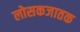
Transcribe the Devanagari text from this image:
लोसकजातक